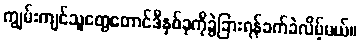
ကျွမ်းကျင်သူတွေတောင်ဒီနှစ်ခုကိုခွဲခြားရန်ခက်ခဲလိမ့်မယ်။